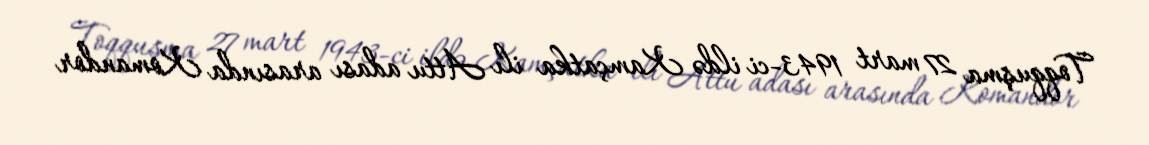
Toqquşma 27 mart 1943-ci ildə Kamçatka ilı Attu adası arasında Komandor